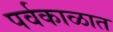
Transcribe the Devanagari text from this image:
पर्वकाळात